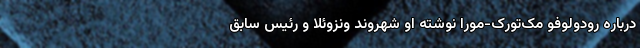
درباره رودولوفو مک‌تورک-مورا نوشته او شهروند ونزوئلا و رئیس سابق